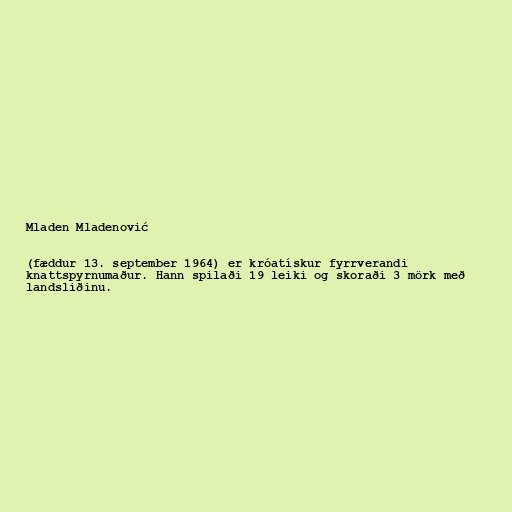
Mladen Mladenović

(fæddur 13. september 1964) er króatískur fyrrverandi
knattspyrnumaður. Hann spilaði 19 leiki og skoraði 3 mörk með
landsliðinu.